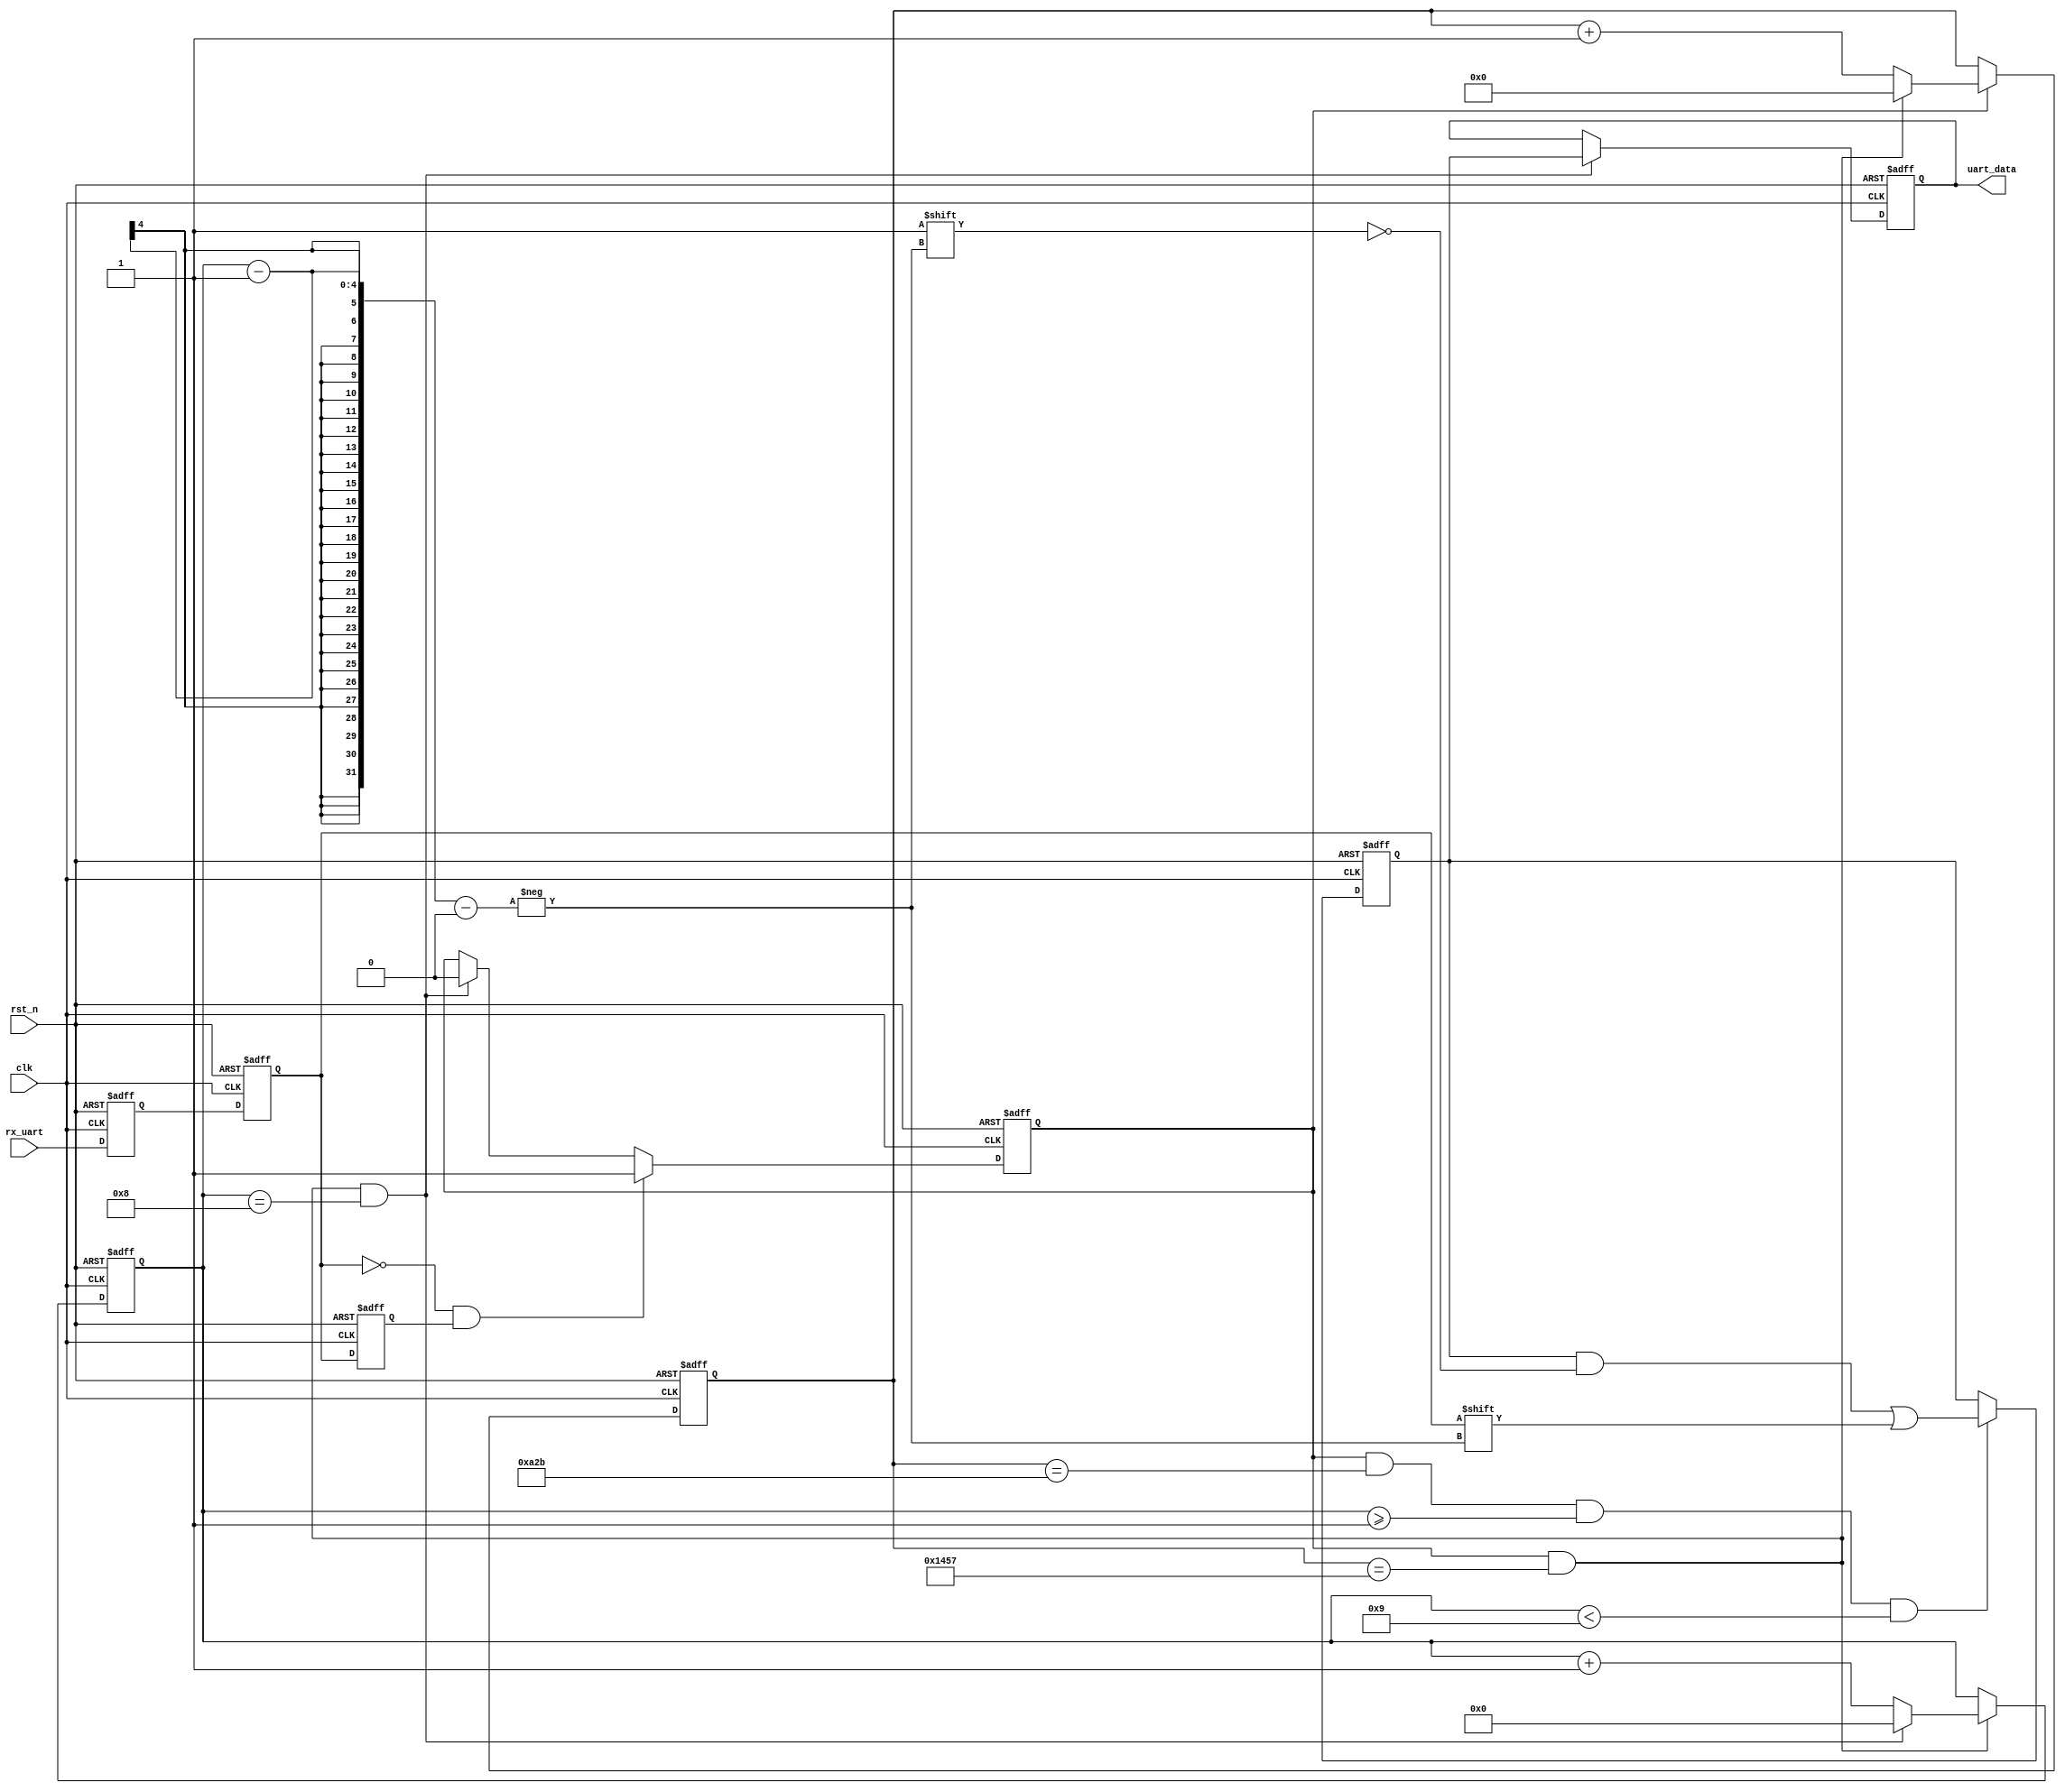
module uart_rx(
    input clk    ,
    input rst_n  ,
    input  wire rx_uart,//PC
    output reg [7:0] uart_data //
    );

    //
    parameter      BPS =5208;//1bit 
  
    //
    reg   [12:0]     cnt0;//1bit
    reg   [3:0]      cnt1;//
    reg       rx_uart_ff0;//
    reg       rx_uart_ff1;
    reg       rx_uart_ff2;//
    reg       rx_flag    ;//
    wire      add_cnt0;
    wire      end_cnt0;
    wire      add_cnt1;
    wire      end_cnt1;
    reg [7:0] uart_data_buff; //
//rx_uart 
always  @(posedge clk or negedge rst_n)begin
   if(rst_n==1'b0)begin
       rx_uart_ff0<=0;
       rx_uart_ff1<=0;
       rx_uart_ff2<=0;
   end
   else begin
       rx_uart_ff0<=rx_uart;//
       rx_uart_ff1<=rx_uart_ff0;
       rx_uart_ff2<=rx_uart_ff1;// //rx_uart_ff1rx_uart_ff2 D
   end
end
//    assign neg_edge==rx_uart_ff1==0&&rx_uart_ff2==1;//
//    assign pos_edge==rx_uart_ff1==1&&rx_uart_ff2==0;//
//tx_flag  
always  @(posedge clk or negedge rst_n)begin
    if(rst_n==1'b0)begin
        rx_flag<=0;
    end
    else if(rx_uart_ff1==0&&rx_uart_ff2==1)begin// 
        rx_flag<=1;
    end
    else if(end_cnt1)begin// 0  
        rx_flag<=0;
    end
end

 //1bit
always @(posedge clk or negedge rst_n)begin
   if(!rst_n)begin
        cnt0 <= 0;
   end
   else if(add_cnt0)begin
       if(end_cnt0)
           cnt0 <= 0;
       else
           cnt0 <= cnt0 + 1;
   end
end
assign add_cnt0 =rx_flag== 1;
assign end_cnt0 = add_cnt0 && cnt0==BPS-1 ;
//bit 
always @(posedge clk or negedge rst_n)begin 
   if(!rst_n)begin
        cnt1 <= 0;
   end
   else if(add_cnt1)begin
       if(end_cnt1)
           cnt1 <= 0;
       else
           cnt1 <= cnt1 + 1;
   end
end
assign add_cnt1 = end_cnt0;//1bit+1
assign end_cnt1 = add_cnt1 && cnt1==9-1 ;//1+8
//data
always  @(posedge clk or negedge rst_n)begin
    if(rst_n==1'b0)begin
        uart_data_buff<=0;
    end
    else if(add_cnt0&&cnt0==BPS/2-1&&cnt1>=1&&cnt1<9)begin//data 
        uart_data_buff[cnt1-1]<=rx_uart_ff1;//rx_uart_ff1
    end    
end
always  @(posedge clk or negedge rst_n)begin
    if(rst_n==1'b0)begin
        uart_data<=0;
    end
    else begin if(end_cnt1)//data 
        uart_data<=uart_data_buff;//rx_uart_ff1
    else  
        uart_data<=uart_data;
    end 
end
endmodule